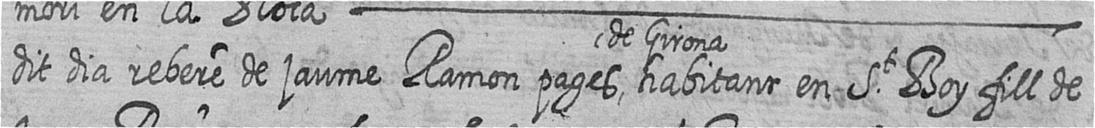
dit dia rebere de jaume Ramon pages de Girona habitant en St Boy fill de